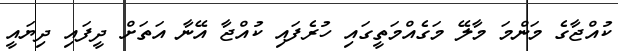
ކުއްޖާގެ މަންމަ މާލޭ މަގެއްމަތީގައި ހުރެފައި ކުއްޖާ އޭނާ އަތަށް ދީފައި ދިޔައީ